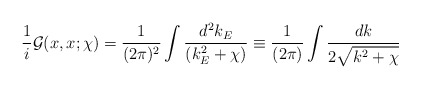
\begin{align*}\frac{1}{i} {\cal G}(x,x;\chi)=\frac{1} {(2 \pi)^2} \int \frac {d^2k_E}{(k_E^2 +\chi)} \equiv \frac{1}{(2\pi)} \int\frac {d k}{2 \sqrt{k^2 +\chi}}\end{align*}